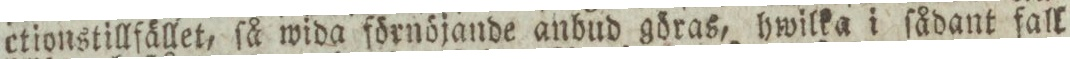
ctionstillfället, ſå wida förnöjande anbud göras, hwilka i ſådant fall